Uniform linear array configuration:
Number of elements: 16
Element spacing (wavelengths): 0.25
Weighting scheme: blackman
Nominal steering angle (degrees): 0
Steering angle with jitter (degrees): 1.308
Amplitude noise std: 0.05
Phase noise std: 0.05

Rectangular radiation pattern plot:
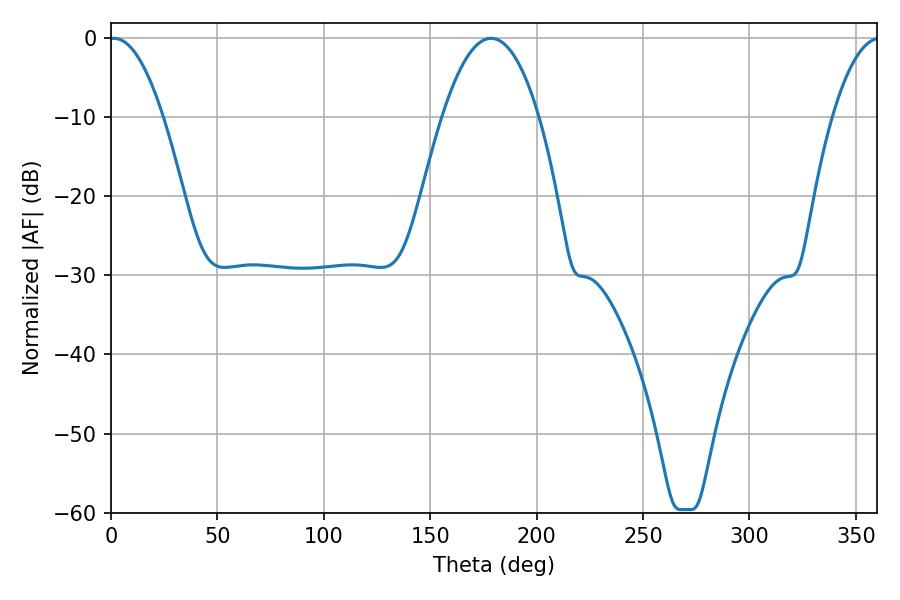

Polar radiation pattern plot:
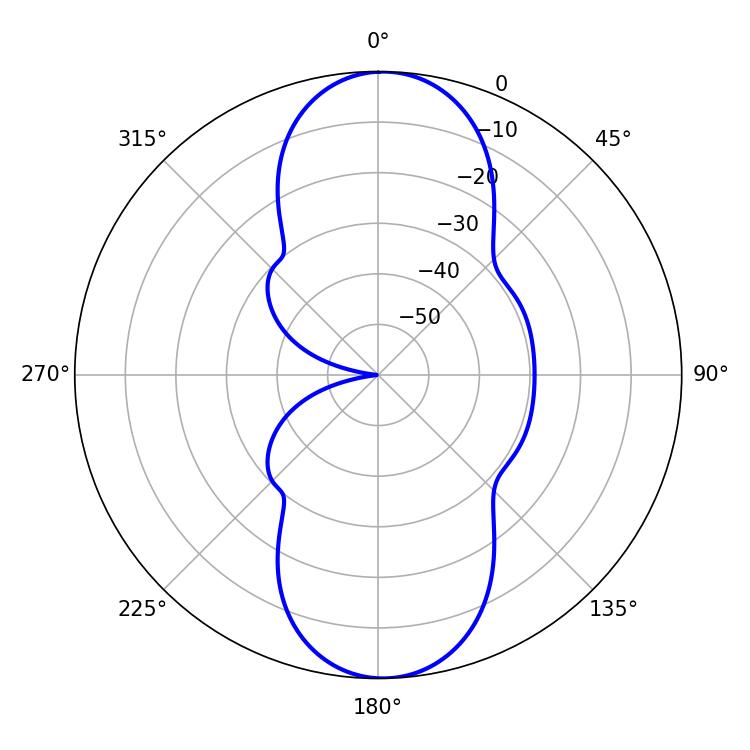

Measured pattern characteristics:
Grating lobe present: FALSE
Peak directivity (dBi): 18.552
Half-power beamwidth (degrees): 14.04
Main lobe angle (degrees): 1.44